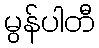
မွန်ပါတီ